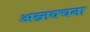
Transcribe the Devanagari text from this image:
अन्र्तवचना